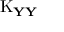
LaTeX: \operatorname { K } _ { \mathbf { Y Y } }